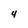
Character: 4